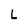
Character: L